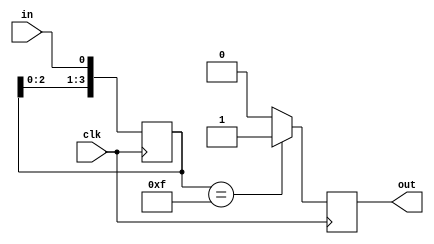
`timescale 1ns / 1ps
//////////////////////////////////////////////////////////////////////////////////
// Company: 
// Engineer: 
// 
// Design Name: 
// Module Name: button
// Project Name: 
// Target Devices: 
// Tool Versions: 
// Description: 
// 
// Dependencies: 
// 
// Revision:
// Revision 0.01 - File Created
// Additional Comments:
// 
//////////////////////////////////////////////////////////////////////////////////


module button(
    input clk,
    input in,
    output reg out
    );
    reg next = 1'b0;
    reg [3:0]trigger = 4'b0000;
    always@(posedge clk)
        trigger <= {trigger[2:0], in};
    always@*
    if(trigger == 4'b1111)
        next = 1'b1;
    else 
        next = 1'b0;
    always@(posedge clk)
        out <= next;  
    
endmodule